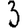
Digit: 3